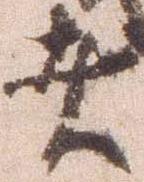
者